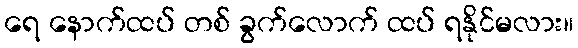
ရေ နောက်ထပ် တစ် ခွက်လောက် ထပ် ရနိုင်မလား။